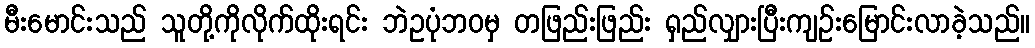
မီးမောင်းသည် သူတို့ကိုလိုက်ထိုးရင်း ဘဲဥပုံဘဝမှ တဖြည်းဖြည်း ရှည်လျှားပြီးကျဉ်းမြောင်းလာခဲ့သည်။